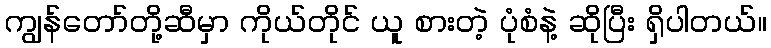
ကျွန်တော်တို့ဆီမှာ ကိုယ်တိုင် ယူ စားတဲ့ ပုံစံနဲ့ ဆိုပြီး ရှိပါတယ်။